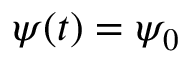
\psi ( t ) = \psi _ { 0 }